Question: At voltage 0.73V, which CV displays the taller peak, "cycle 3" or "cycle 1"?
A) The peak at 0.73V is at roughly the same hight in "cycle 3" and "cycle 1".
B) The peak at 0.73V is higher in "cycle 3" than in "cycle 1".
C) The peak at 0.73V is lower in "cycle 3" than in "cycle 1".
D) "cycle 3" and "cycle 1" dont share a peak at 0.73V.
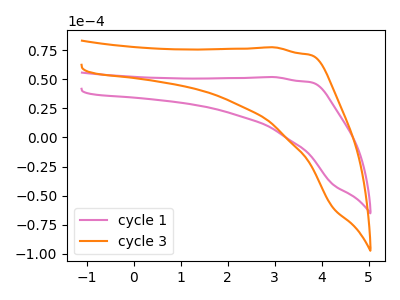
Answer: <think>The pink curve "cycle 1" has no peaks. The orange curve "cycle 3" has no peaks.</think>
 <answer>D) "cycle 3" and "cycle 1" dont share a peak at 0.73V.</answer>
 <eval>D</eval>